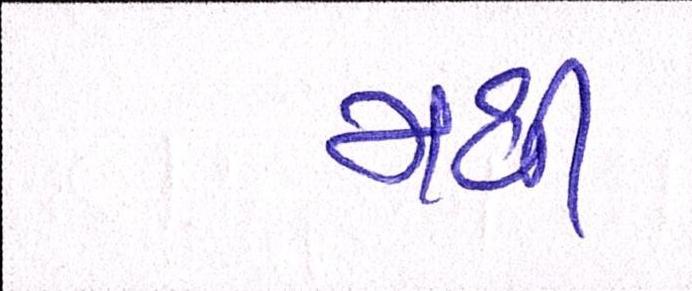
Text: મથી